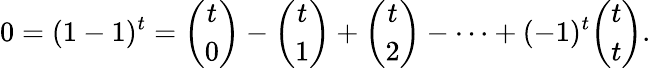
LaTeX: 0=(1-1)^{t}={\binom{t}{0}}-{\binom{t}{1}}+{\binom{t}{2}}-\cdots+(-1)^{t}{\binom{t}{t}}.